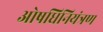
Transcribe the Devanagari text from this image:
ओषधिनियंत्रण